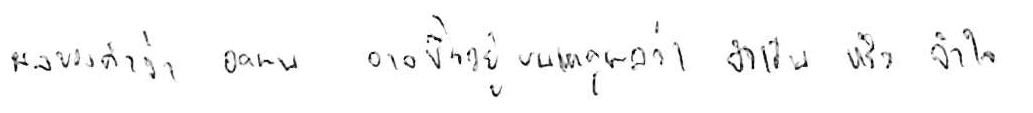
ผลของคำว่า อดทน อาจขึ้นอยู่บนเหตุผลว่า จำเป็น หรือ จำใจ